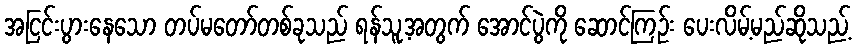
အငြင်းပွားနေသော တပ်မတော်တစ်ခုသည် ရန်သူ့အတွက် အောင်ပွဲကို ဆောင်ကြဉ်း ပေးလိမ့်မည်ဆိုသည့်